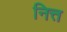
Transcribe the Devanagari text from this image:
नित्त